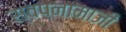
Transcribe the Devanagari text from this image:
स्वप्नामाजी